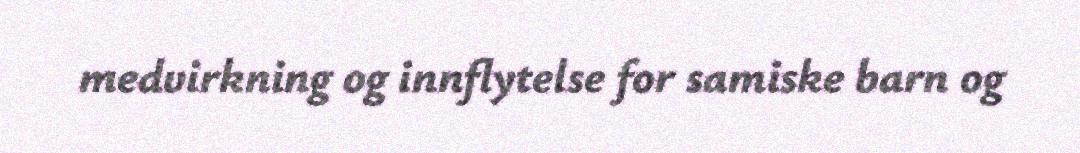
medvirkning og innflytelse for samiske barn og